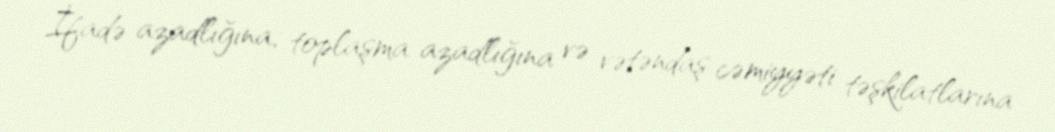
İfadə azadlığına, toplaşma azadlığına və vətəndaş cəmiyyəti təşkilatlarına